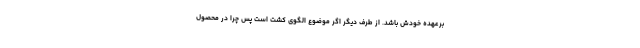
برعهده خودش باشد. از طرف دیگر اگر موضوع الگوی کشت است پس چرا در محصول